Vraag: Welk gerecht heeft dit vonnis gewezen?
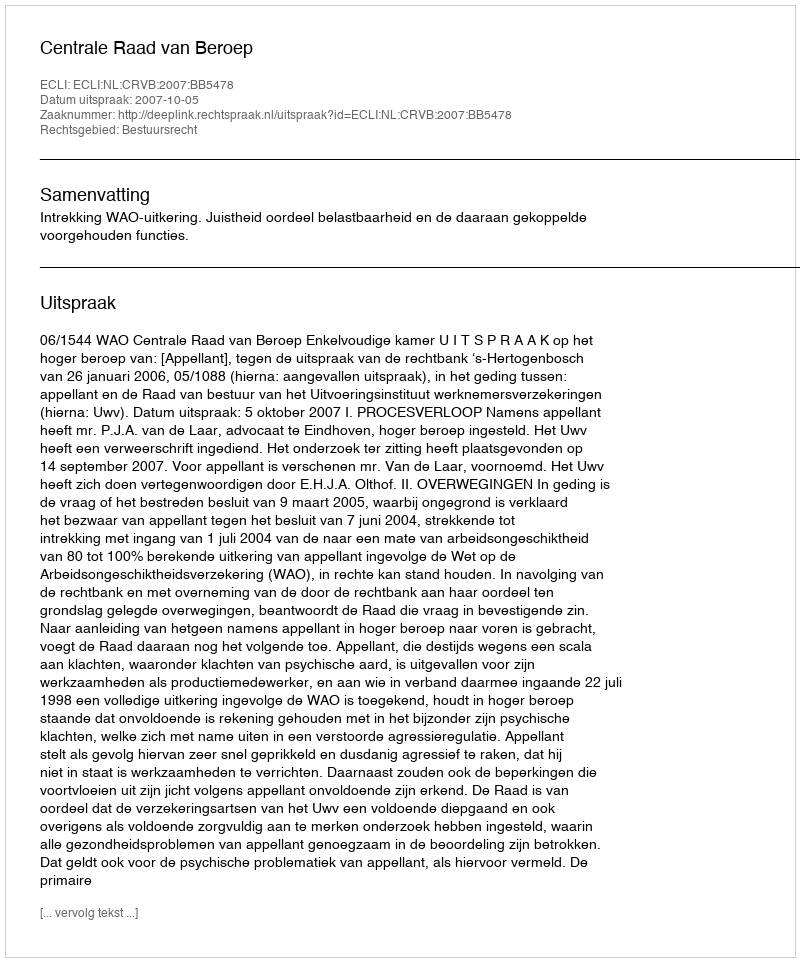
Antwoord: Centrale Raad van Beroep